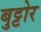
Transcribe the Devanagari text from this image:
बुट्टोर